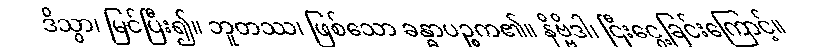
ဒိသွာ၊ မြင်ပြီး၍။ ဘူတဿ၊ ဖြစ်သော ခန္ဓာပဉ္စက၏။ နိဗ္ဗိဒါ၊ ငြီးငွေ့ခြင်းကြောင့်။